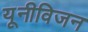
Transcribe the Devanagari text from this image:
यूनीविजन